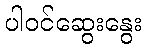
ပါဝင်ဆွေးနွေး